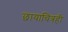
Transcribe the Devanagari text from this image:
छायाचित्रही